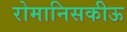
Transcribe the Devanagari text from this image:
रोमानिसकीऊ